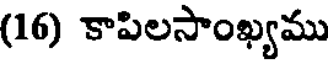
(16) కాపిలసాంఖ్యము